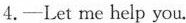
4.-Let me help you.